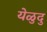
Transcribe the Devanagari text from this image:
येळुदु